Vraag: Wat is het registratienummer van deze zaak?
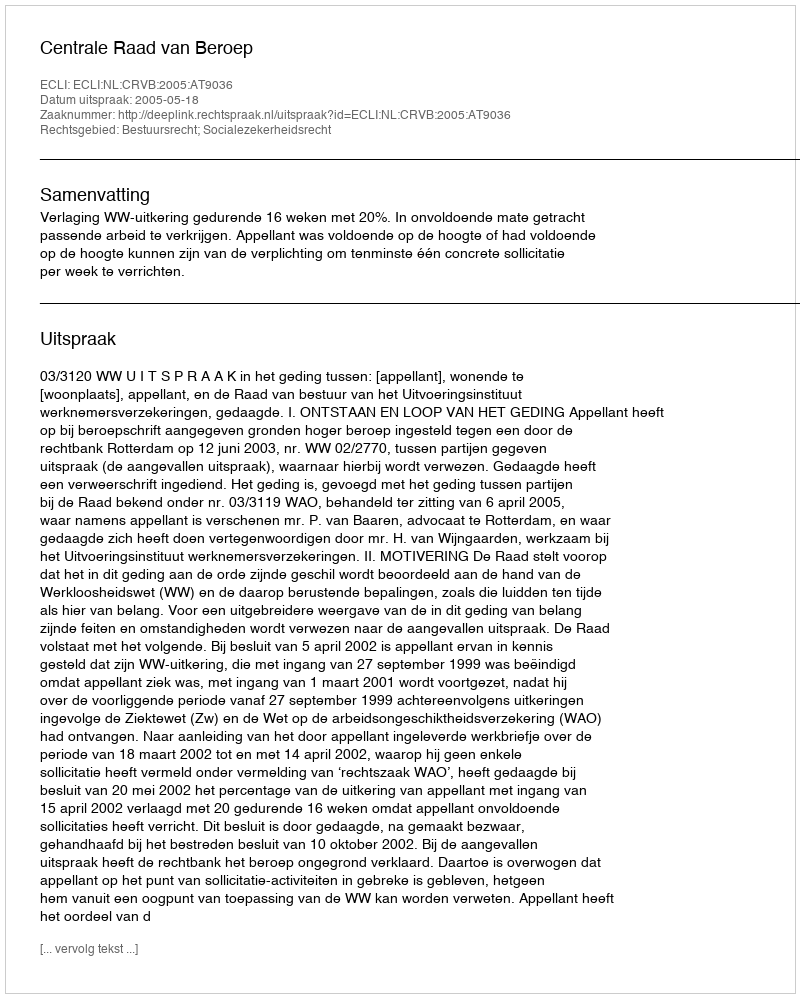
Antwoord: http://deeplink.rechtspraak.nl/uitspraak?id=ECLI:NL:CRVB:2005:AT9036